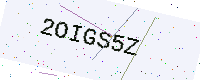
Text: 2OIGS5Z